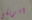
امريكى